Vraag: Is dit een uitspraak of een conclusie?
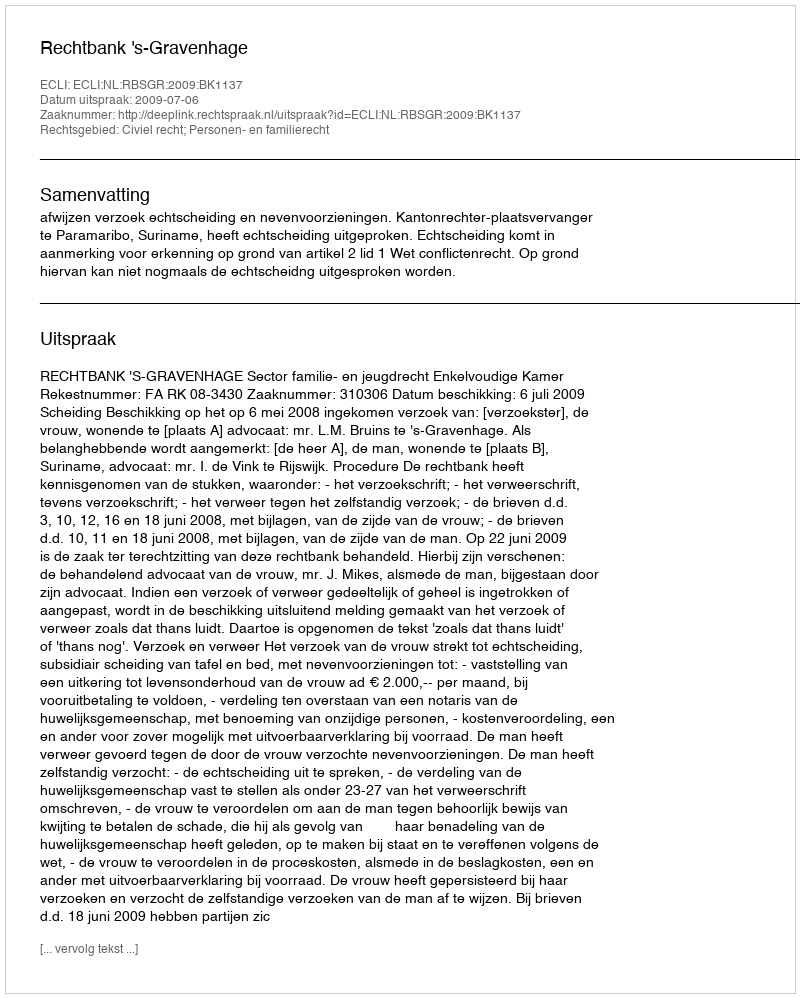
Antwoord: Uitspraak